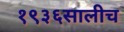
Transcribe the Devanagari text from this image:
१९३६सालीच